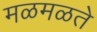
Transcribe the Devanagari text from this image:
मळमळते